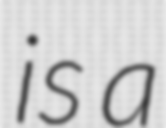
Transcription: is a